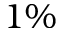
1 \%